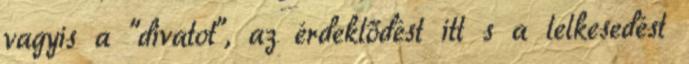
vagyis a "divatot", az érdeklődést itt s a lelkesedést